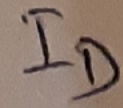
Text: ID